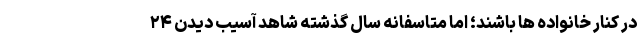
در کنار خانواده ها باشند؛ اما متاسفانه سال گذشته شاهد آسیب دیدن ۲۴